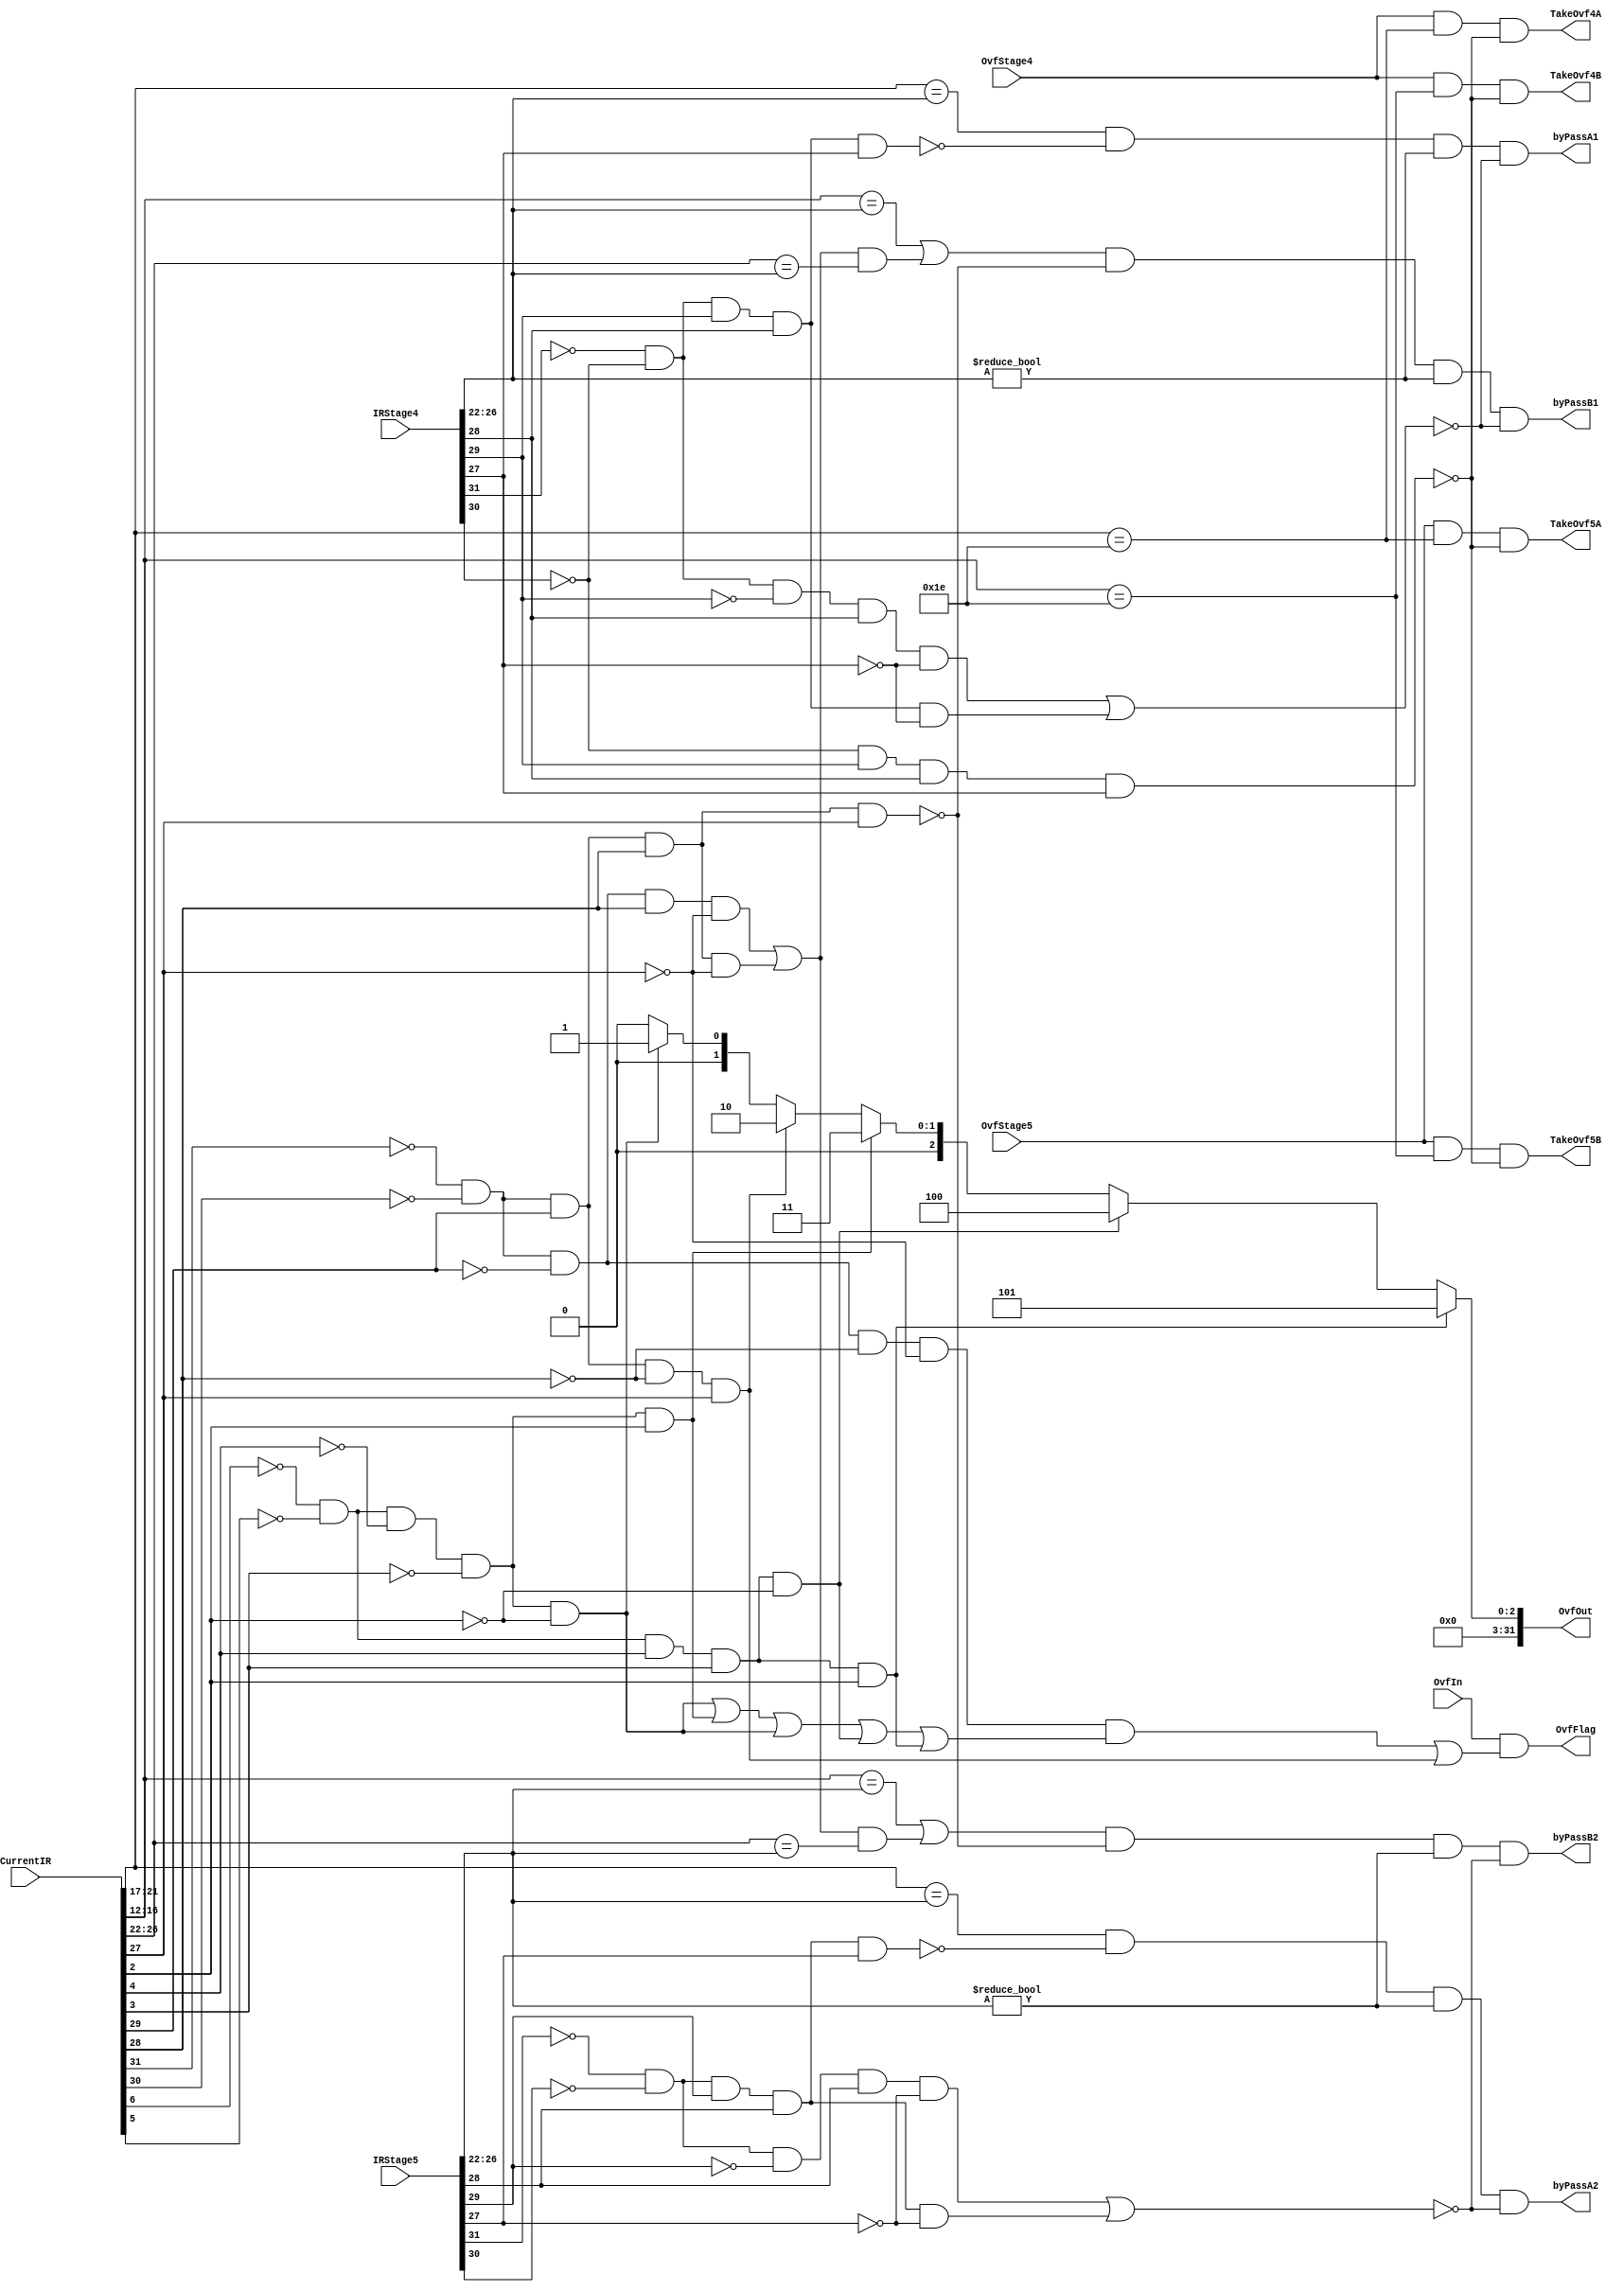
module  Stage3Ctrl(CurrentIR,IRStage4,IRStage5,byPassB1,byPassA1,byPassB2,byPassA2,OvfIn,OvfFlag,OvfOut,OvfStage4,OvfStage5,TakeOvf4A,TakeOvf5A,TakeOvf4B, TakeOvf5B);

input[31:0] CurrentIR,IRStage4,IRStage5;
output [31:0] OvfOut;
input OvfIn,OvfStage4,OvfStage5;
output byPassA1,byPassA2, byPassB1, byPassB2,OvfFlag,TakeOvf4A,TakeOvf5A,TakeOvf4B, TakeOvf5B;
wire [31:0] IR_Stage3;
wire branchIsn,branchIsn4,branchIsn5;
assign branchIsn = (!IR_Stage3[31] && !IR_Stage3[30] && !IR_Stage3[29] && IR_Stage3[28] && !IR_Stage3[27]) || (!IR_Stage3[31] && !IR_Stage3[30] && IR_Stage3[29] && IR_Stage3[28] && !IR_Stage3[27]);
assign branchIsn4 = (!IRStage4[31] && !IRStage4[30] && !IRStage4[29] && IRStage4[28] && !IRStage4[27]) || (!IRStage4[31] && !IRStage4[30] && IRStage4[29] && IRStage4[28] && !IRStage4[27]);
assign branchIsn5 = (!IRStage5[31] && !IRStage5[30] && !IRStage5[29] && IRStage5[28] && !IRStage5[27]) || (!IRStage5[31] && !IRStage5[30] && IRStage5[29] && IRStage5[28] && !IRStage5[27]);
assign IR_Stage3 = CurrentIR;
assign byPassA1 = (CurrentIR[21:17] == IRStage4[26:22]) && !(!IRStage4[31] && !IRStage4[30] && IRStage4[29] && IRStage4[28] && IRStage4[27]) && (IRStage4[26:22] != 0) && !branchIsn4;
assign byPassA2 = (CurrentIR[21:17] == IRStage5[26:22]) && !(!IRStage5[31] && !IRStage5[30] && IRStage5[29] && IRStage5[28] && IRStage5[27]) && (IRStage5[26:22] != 0) && !branchIsn5;
assign byPassB1 = (CurrentIR[16:12] == IRStage4[26:22] || (branchIsn && (CurrentIR[26:22] == IRStage4[26:22]))) && !(!CurrentIR[31] && !CurrentIR[30] && CurrentIR[29] && CurrentIR[28] && CurrentIR[27]) && (IRStage4[26:22] != 0) && !branchIsn4;
assign byPassB2 = (CurrentIR[16:12] == IRStage5[26:22] || (branchIsn && (CurrentIR[26:22] == IRStage5[26:22]))) && !(!CurrentIR[31] && !CurrentIR[30] && CurrentIR[29] && CurrentIR[28] && CurrentIR[27]) && (IRStage5[26:22] != 0) && !branchIsn5;


assign TakeOvf4A = OvfStage4 && (CurrentIR[21:17] == 5'b11110) && !(!IRStage4[30] && IRStage4[29] && IRStage4[28] && IRStage4[27]);
assign TakeOvf5A = OvfStage5 && (CurrentIR[21:17] == 5'b11110) && !(!IRStage4[30] && IRStage4[29] && IRStage4[28] && IRStage4[27]);
assign TakeOvf4B = OvfStage4 && (CurrentIR[16:12] == 5'b11110) && !(!IRStage4[30] && IRStage4[29] && IRStage4[28] && IRStage4[27]);
assign TakeOvf5B = OvfStage5 && (CurrentIR[16:12] == 5'b11110) && !(!IRStage4[30] && IRStage4[29] && IRStage4[28] && IRStage4[27]);


wire OvFlag1, OvFlag2;
wire [31:0] OvfIm1,OvfIm2,OvfIm3,OvfIm4;
assign OvFlag1 = (!IR_Stage3[31] && !IR_Stage3[30] && !IR_Stage3[29] && !IR_Stage3[28] && !IR_Stage3[27]) && ((!IR_Stage3[6] && !IR_Stage3[5] && !IR_Stage3[4] && !IR_Stage3[3] && !IR_Stage3[2]) || (!IR_Stage3[6] && !IR_Stage3[5] && !IR_Stage3[4] && !IR_Stage3[3] && IR_Stage3[2]) || (!IR_Stage3[6] && !IR_Stage3[5] && !IR_Stage3[4] && !IR_Stage3[3] && !IR_Stage3[2]) || (!IR_Stage3[6] && !IR_Stage3[5] && IR_Stage3[4] && IR_Stage3[3] && !IR_Stage3[2]) || (!IR_Stage3[6] && !IR_Stage3[5] && IR_Stage3[4] && IR_Stage3[3] && IR_Stage3[2]));
assign OvFlag2 = (!IR_Stage3[31] && !IR_Stage3[30] && IR_Stage3[29] && !IR_Stage3[28] && IR_Stage3[27]);
assign OvfFlag = OvfIn && (OvFlag1 || OvFlag2);
assign OvfIm1 = (!IR_Stage3[6] && !IR_Stage3[5] && !IR_Stage3[4] && !IR_Stage3[3]  && !IR_Stage3[2]) ? 1 : 0;
assign OvfIm2 = (!IR_Stage3[31] && !IR_Stage3[30] && IR_Stage3[29] && !IR_Stage3[28] && IR_Stage3[27]) ? 2 : OvfIm1;
assign OvfIm3 = (!IR_Stage3[6] && !IR_Stage3[5] && !IR_Stage3[4] && !IR_Stage3[3] && IR_Stage3[2]) ? 3 : OvfIm2;
assign OvfIm4 = (!IR_Stage3[6] && !IR_Stage3[5] && IR_Stage3[4] && IR_Stage3[3] && !IR_Stage3[2]) ? 4 :OvfIm3;
assign OvfOut = (!IR_Stage3[6] && !IR_Stage3[5] && IR_Stage3[4] && IR_Stage3[3] && IR_Stage3[2]) ? 5 : OvfIm4;

endmodule